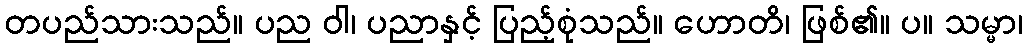
တပည်သားသည်။ ပည ဝါ၊ ပညာနှင့် ပြည့်စုံသည်။ ဟောတိ၊ ဖြစ်၏။ ပ။ သမ္မာ၊